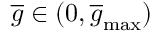
\overline { { g } } \in ( 0 , \overline { { g } } _ { \operatorname* { m a x } } )